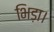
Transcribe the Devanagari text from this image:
भिड़ा।